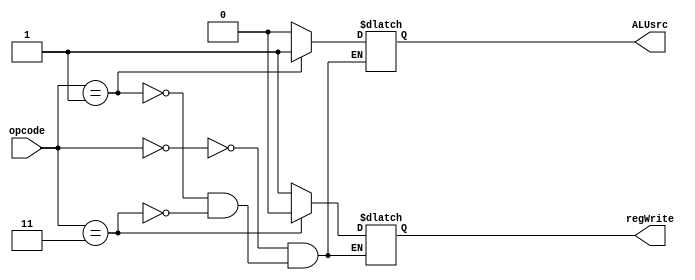
module control_unit(input [1:0] opcode,
				output reg regWrite,
				output reg ALUsrc);
//alusrc = 1 for sll, 0 for addi
  always@(opcode)
  begin
    case(opcode)
	   2'b00: {regWrite,ALUsrc} = 4'b10; //addi
      2'b01: {regWrite,ALUsrc} = 4'b11; //sll
	2'b11: {regWrite,ALUsrc} = 4'b0x; //j
    endcase
  end
endmodule